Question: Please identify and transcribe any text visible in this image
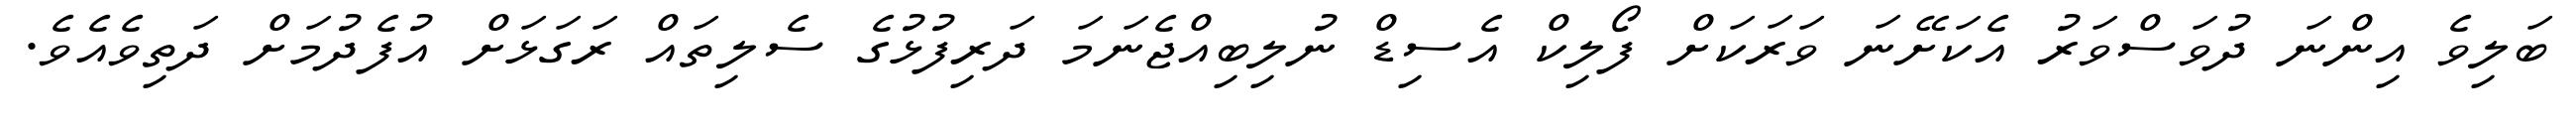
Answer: ބަލިވެ އިންނަ ދުވަސްވަރު އެކަށޭނަ ވަރަކަށް ފޯލިކް އެސިޑް ނުލިބިއްޖެނަމަ ދަރިފުޅުގެ ސެލިތައް ރަގަޅަށް އުފެދުމަށް ދަތިވެއެވެ.